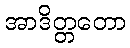
အာဒိတ္တတော